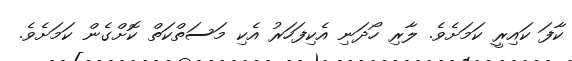
ކާފަ ކައިރީ ކަމަށެވެ. ލާރި ހޯދަނި އެކިފަހަރު އެކި މަސަތްކަތް ކޮށްގެން ކަމަށެވެ.